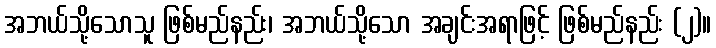
အဘယ်သို့သောသူ ဖြစ်မည်နည်း၊ အဘယ်သို့သော အချင်းအရာဖြင့် ဖြစ်မည်နည်း (၂)။